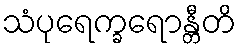
သံပုရေက္ခရောန္တီတိ